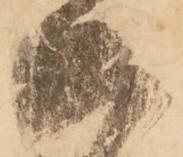
而